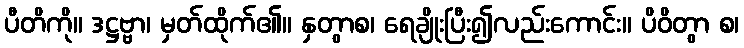
ပီတိကို။ ဒဋ္ဌဗ္ဗာ၊ မှတ်ထိုက်၏။ နှတွာစ၊ ရေချိုးပြီး၍လည်းကောင်း။ ပိဝိတွာ စ၊